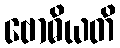
ဗောဓိယတိ